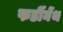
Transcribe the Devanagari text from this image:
फर्डीनेंथ